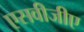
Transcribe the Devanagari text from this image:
एसवीजीए